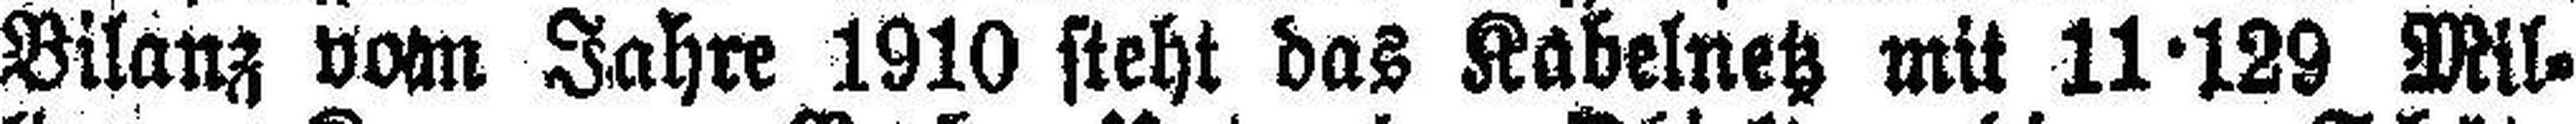
Bilanz vom Jahre 1910 steht das Kabelnetz mit 11·129 Mil¬